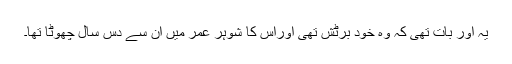
یہ اور بات تھی کہ وہ خود برٹش تھی اوراس کا شوہر عمر میں ان سے دس سال چھوٹا تھا۔